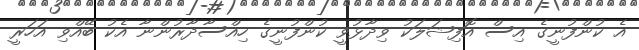
އެ ކުންފުނީގެ އިސް އޮފިޝަލަކު ވިދާޅުވީ ކުންފުނީގެ ހިއްސާދާރުންނާ އެކު ބޭއްވި އަހަރީ